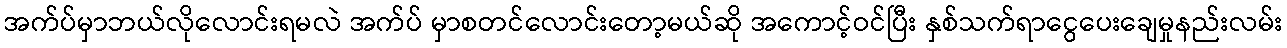
အက်ပ်မှာဘယ်လိုလောင်းရမလဲ အက်ပ် မှာစတင်လောင်းတော့မယ်ဆို အကောင့်ဝင်ပြီး နှစ်သက်ရာငွေပေးချေမှုနည်းလမ်း